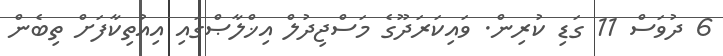
6 ދުވަސް 11 ގަޑި ކުރިން. ވައިކަރަދޫގެ މަސްޖިދުލް އިޚްލާޞްގައި އިއުތިކާފަށް ތިބެން